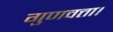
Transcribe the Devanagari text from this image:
गुणवत्ता।